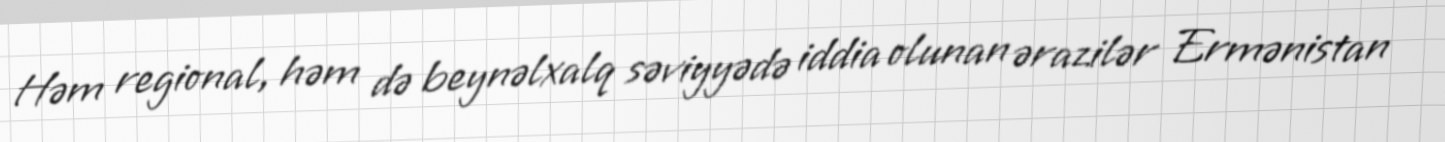
Həm regional, həm də beynəlxalq səviyyədə iddia olunan ərazilər Ermənistan